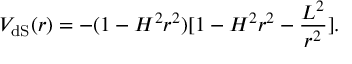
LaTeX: V _ { \mathrm { d S } } ( r ) = - ( 1 - H ^ { 2 } r ^ { 2 } ) [ 1 - H ^ { 2 } r ^ { 2 } - \frac { L ^ { 2 } } { r ^ { 2 } } ] .